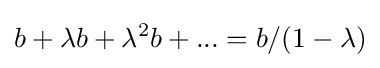
b+\lambda b+\lambda ^{2}b+...=b/(1-\lambda )